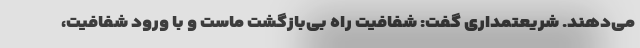
می‌دهند. شریعتمداری گفت: شفافیت راه بی‌بازگشت ماست و با ورود شفافیت،